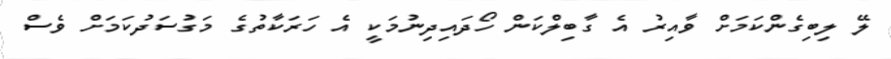
ލޭ ލިބިގެންކަމަށް ވާއިރު އެ ގާބިލްކަން ހޯދައިދިނުމަކީ އެ ހަރަކާތުގެ މަގުސަދުކަމަށް ވެސް